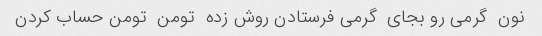
نون  گرمی رو بجای  گرمی فرستادن روش زده  تومن  تومن حساب کردن